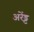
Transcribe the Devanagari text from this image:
अरेंड्ट